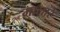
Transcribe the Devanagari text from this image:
मालारे